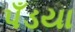
પઁડયા